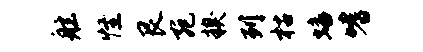
舷怪艮宛糗列枯蟠嗜